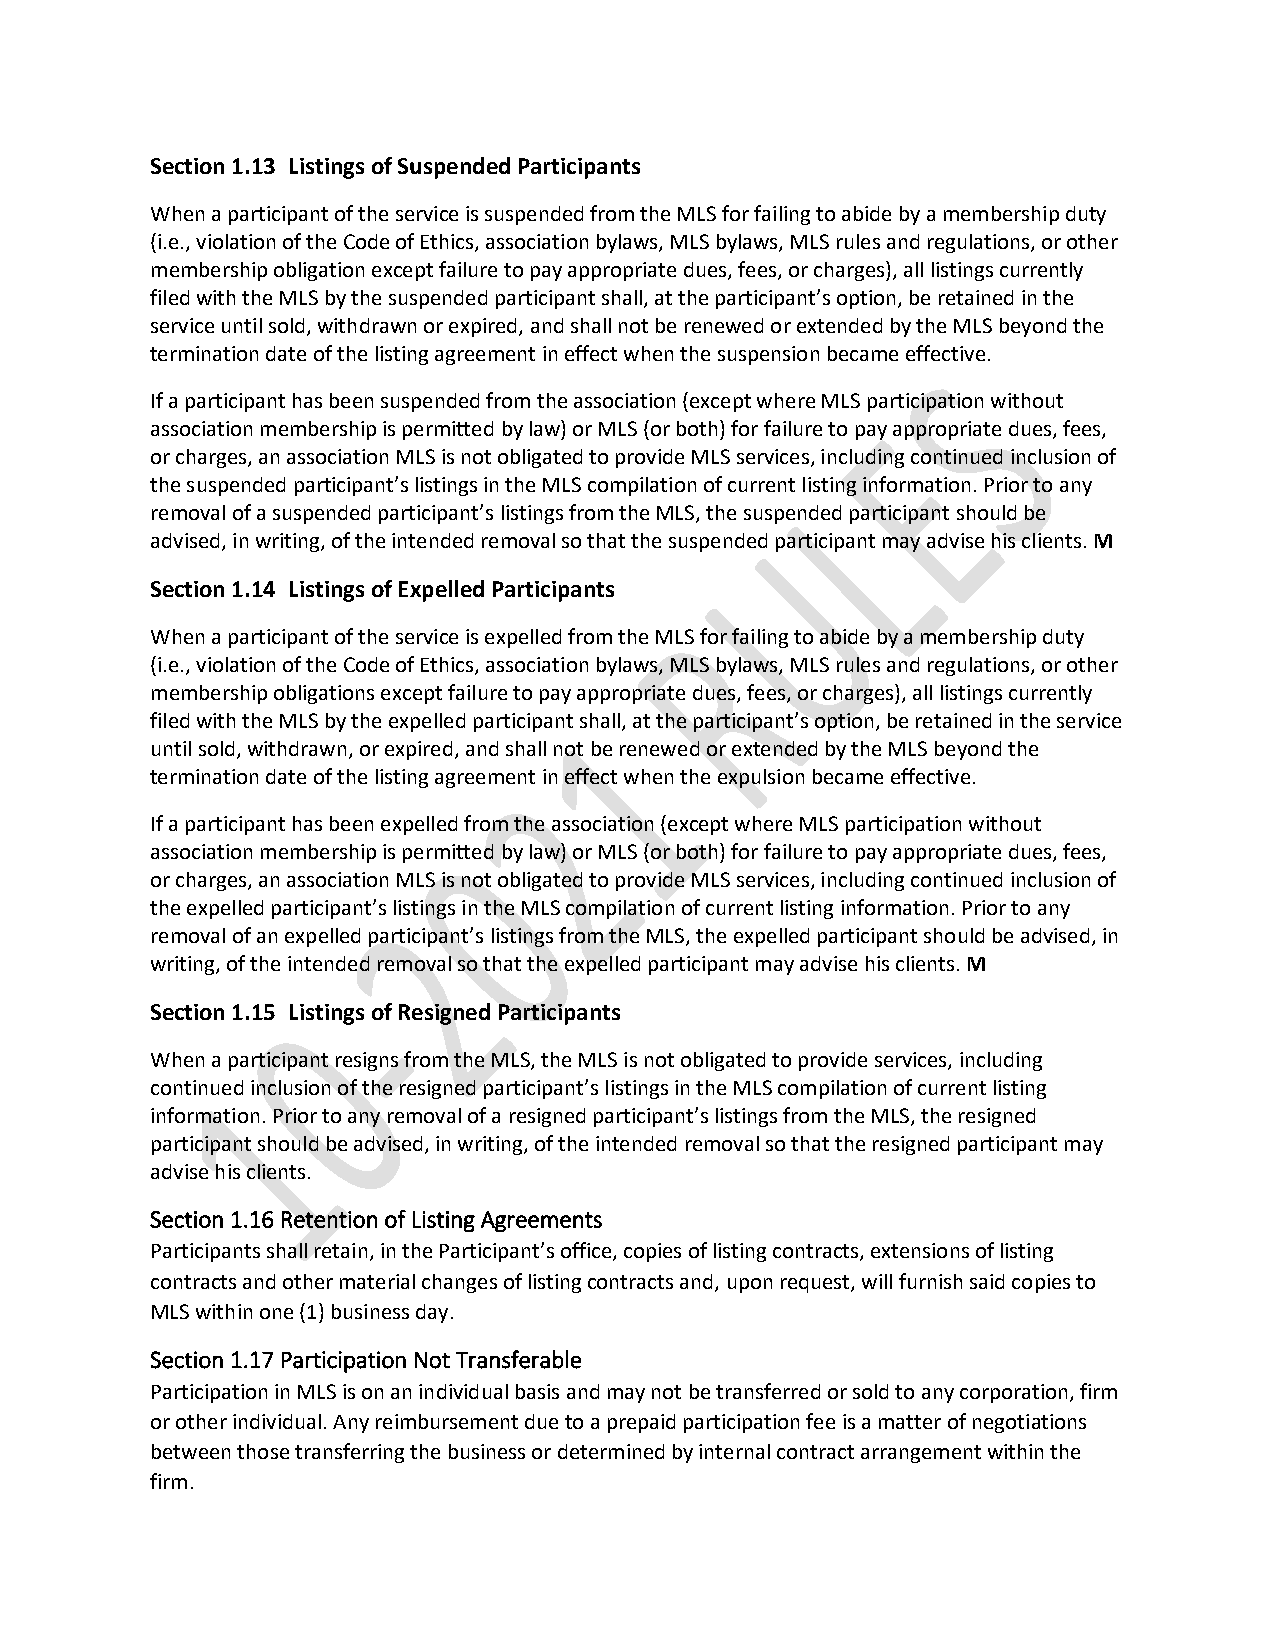
Section 1.13 Listings of Suspended Participants
 When a participant of the service is suspended from the MLS for failing to abide by a membership duty
 (i.e., violation of the Code of Ethics, association bylaws, MLS bylaws, MLS rules and regulations, or other
 membership obligation except failure to pay appropriate dues, fees, or charges), all listings currently
 filed with the MLS by the suspended participant shall, at the participant’s option, be retained in the
 service until sold, withdrawn or expired, and shall not be renewed or extended by the MLS beyond the
 termination date of the listing agreement in effect when the suspension became effective.
 If a participant has been suspended from the association (except where MLS participation without
 association membership is permitted by law) or MLS (or both) for failure to pay appropriate dues, fees,
 or charges, an association MLS is not obligated to provide MLS services, including continued inclusion of
 the suspended participant’s listings in the MLS compilation of current listing information. Prior to any
 removal of a suspended participant’s listings from the MLS, the suspended participant should be
 advised, in writing, of the intended removal so that the suspended participant may advise his clients. M
 Section 1.14 Listings of Expelled Participants
 When a participant of the service is expelled from the MLS for failing to abide by a membership duty
 (i.e., violation of the Code of Ethics, association bylaws, MLS bylaws, MLS rules and regulations, or other
 membership obligations except failure to pay appropriate dues, fees, or charges), all listings currently
 filed with the MLS by the expelled participant shall, at the participant’s option, be retained in the service
 until sold, withdrawn, or expired, and shall not be renewed or extended by the MLS beyond the
 termination date of the listing agreement in effect when the expulsion became effective.
 If a participant has been expelled from the association (except where MLS participation without
 association membership is permitted by law) or MLS (or both) for failure to pay appropriate dues, fees,
 or charges, an association MLS is not obligated to provide MLS services, including continued inclusion of
 the expelled participant’s listings in the MLS compilation of current listing information. Prior to any
 removal of an expelled participant’s listings from the MLS, the expelled participant should be advised, in
 writing, of the intended removal so that the expelled participant may advise his clients. M
 Section 1.15 Listings of Resigned Participants
 When a participant resigns from the MLS, the MLS is not obligated to provide services, including
 continued inclusion of the resigned participant’s listings in the MLS compilation of current listing
 information. Prior to any removal of a resigned participant’s listings from the MLS, the resigned
 participant should be advised, in writing, of the intended removal so that the resigned participant may
 advise his clients.
 Section 1.16 Retention of Listing Agreements
 Participants shall retain, in the Participant’s office, copies of listing contracts, extensions of listing
 contracts and other material changes of listing contracts and, upon request, will furnish said copies to
 MLS within one (1) business day.
 Section 1.17 Participation Not Transferable
 Participation in MLS is on an individual basis and may not be transferred or sold to any corporation, firm
 or other individual. Any reimbursement due to a prepaid participation fee is a matter of negotiations
 between those transferring the business or determined by internal contract arrangement within the
 firm.